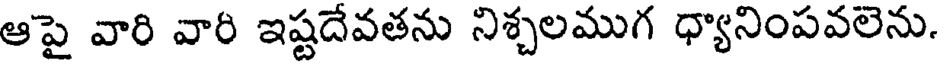
ఆపై వారి వారి ఇష్టదేవతను నిశ్చలముగ ధ్యానింపవలెను.